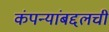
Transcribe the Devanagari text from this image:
कंपन्यांबद्दलची